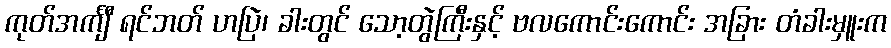
ကုတ်အင်္ကျီ ရင်ဘတ် ဟပြဲ၊ ခါးတွင် သော့တွဲကြီးနှင့် ဗလကောင်းကောင်း အခြား တံခါးမှူးက